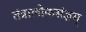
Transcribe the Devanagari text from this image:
तंत्रालोकसंज्ञम्